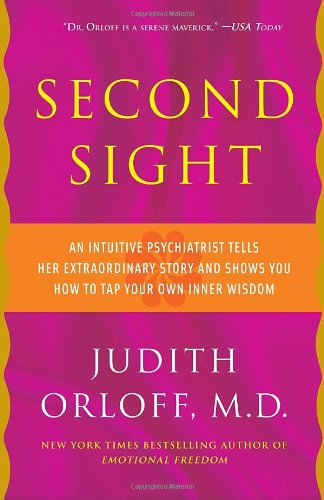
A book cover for Second Sight: An Intuitive Psychiatrist Tells Her Extraordinary Story and Shows You How to Tap Your Own Inner Wisdom; Judith Orloff; Biographies & Memoirs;